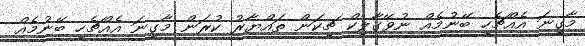
މާގިނަ އެއްޗެހި ބޭނުމެއް ނުވޭގާލިކް ޗިކަން ތައްޔާރު ކުރަން މާގިނަ އެއްޗެހި ބޭނުމެއް